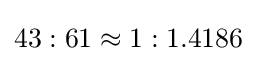
43:61\approx 1:1.4186